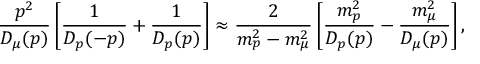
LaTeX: \frac { p ^ { 2 } } { D _ { \mu } ( p ) } \left[ \frac { 1 } { D _ { p } ( - p ) } + \frac { 1 } { D _ { p } ( p ) } \right] \approx \frac { 2 } { m _ { p } ^ { 2 } - m _ { \mu } ^ { 2 } } \left[ \frac { m _ { p } ^ { 2 } } { D _ { p } ( p ) } - \frac { m _ { \mu } ^ { 2 } } { D _ { \mu } ( p ) } \right] ,